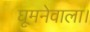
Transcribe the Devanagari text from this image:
घूमनेवाला।